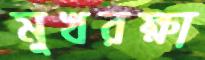
মুখরক্ষা